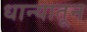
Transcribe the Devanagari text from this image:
धान्यातून